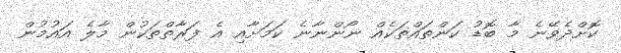
ކޮށްދެވޭނެ މާ ބޮޑު ކަންތައްތަކެއް ނޯންނާނެ ކަމަށާއި އެ ފަރާތްތަކުން މާލެ އައުމުން